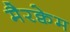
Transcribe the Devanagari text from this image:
मैरक्वेम